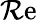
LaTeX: \operatorname{\mathcal{R}e}